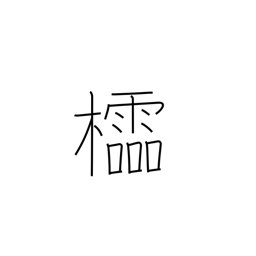
Meaning: latticework